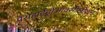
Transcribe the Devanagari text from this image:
पैराहाईड्रोऑक्सीलोशन